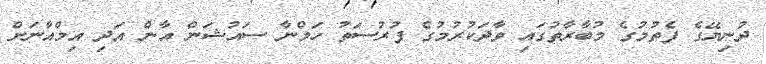
ދުނިޔޭގެ ފެތުމުގެ މުބާރާތުގައި ވާދަކުރުމުގެ ފުރުސަތު ހަމްނާ ސައުޝަން އާން އަދި އިމްއާނަށް